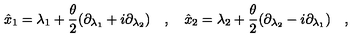
\hat { x } _ { 1 } = \lambda _ { 1 } + \frac { \theta } { 2 } ( \partial _ { \lambda _ { 1 } } + i \partial _ { \lambda _ { 2 } } ) \quad , \quad \hat { x } _ { 2 } = \lambda _ { 2 } + \frac { \theta } { 2 } ( \partial _ { \lambda _ { 2 } } - i \partial _ { \lambda _ { 1 } } ) \quad ,